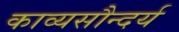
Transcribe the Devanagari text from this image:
काव्यसौन्दर्य